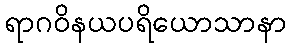
ရာဂဝိနယပရိယောသာနာ